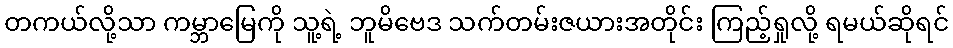
တကယ်လို့သာ ကမ္ဘာမြေကို သူ့ရဲ့ ဘူမိဗေဒ သက်တမ်းဇယားအတိုင်း ကြည့်ရှုလို့ ရမယ်ဆိုရင်